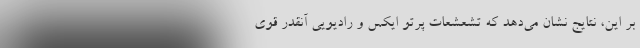
بر این، نتایج نشان می‌دهد که تشعشعات پرتو ایکس و رادیویی آنقدر قوی